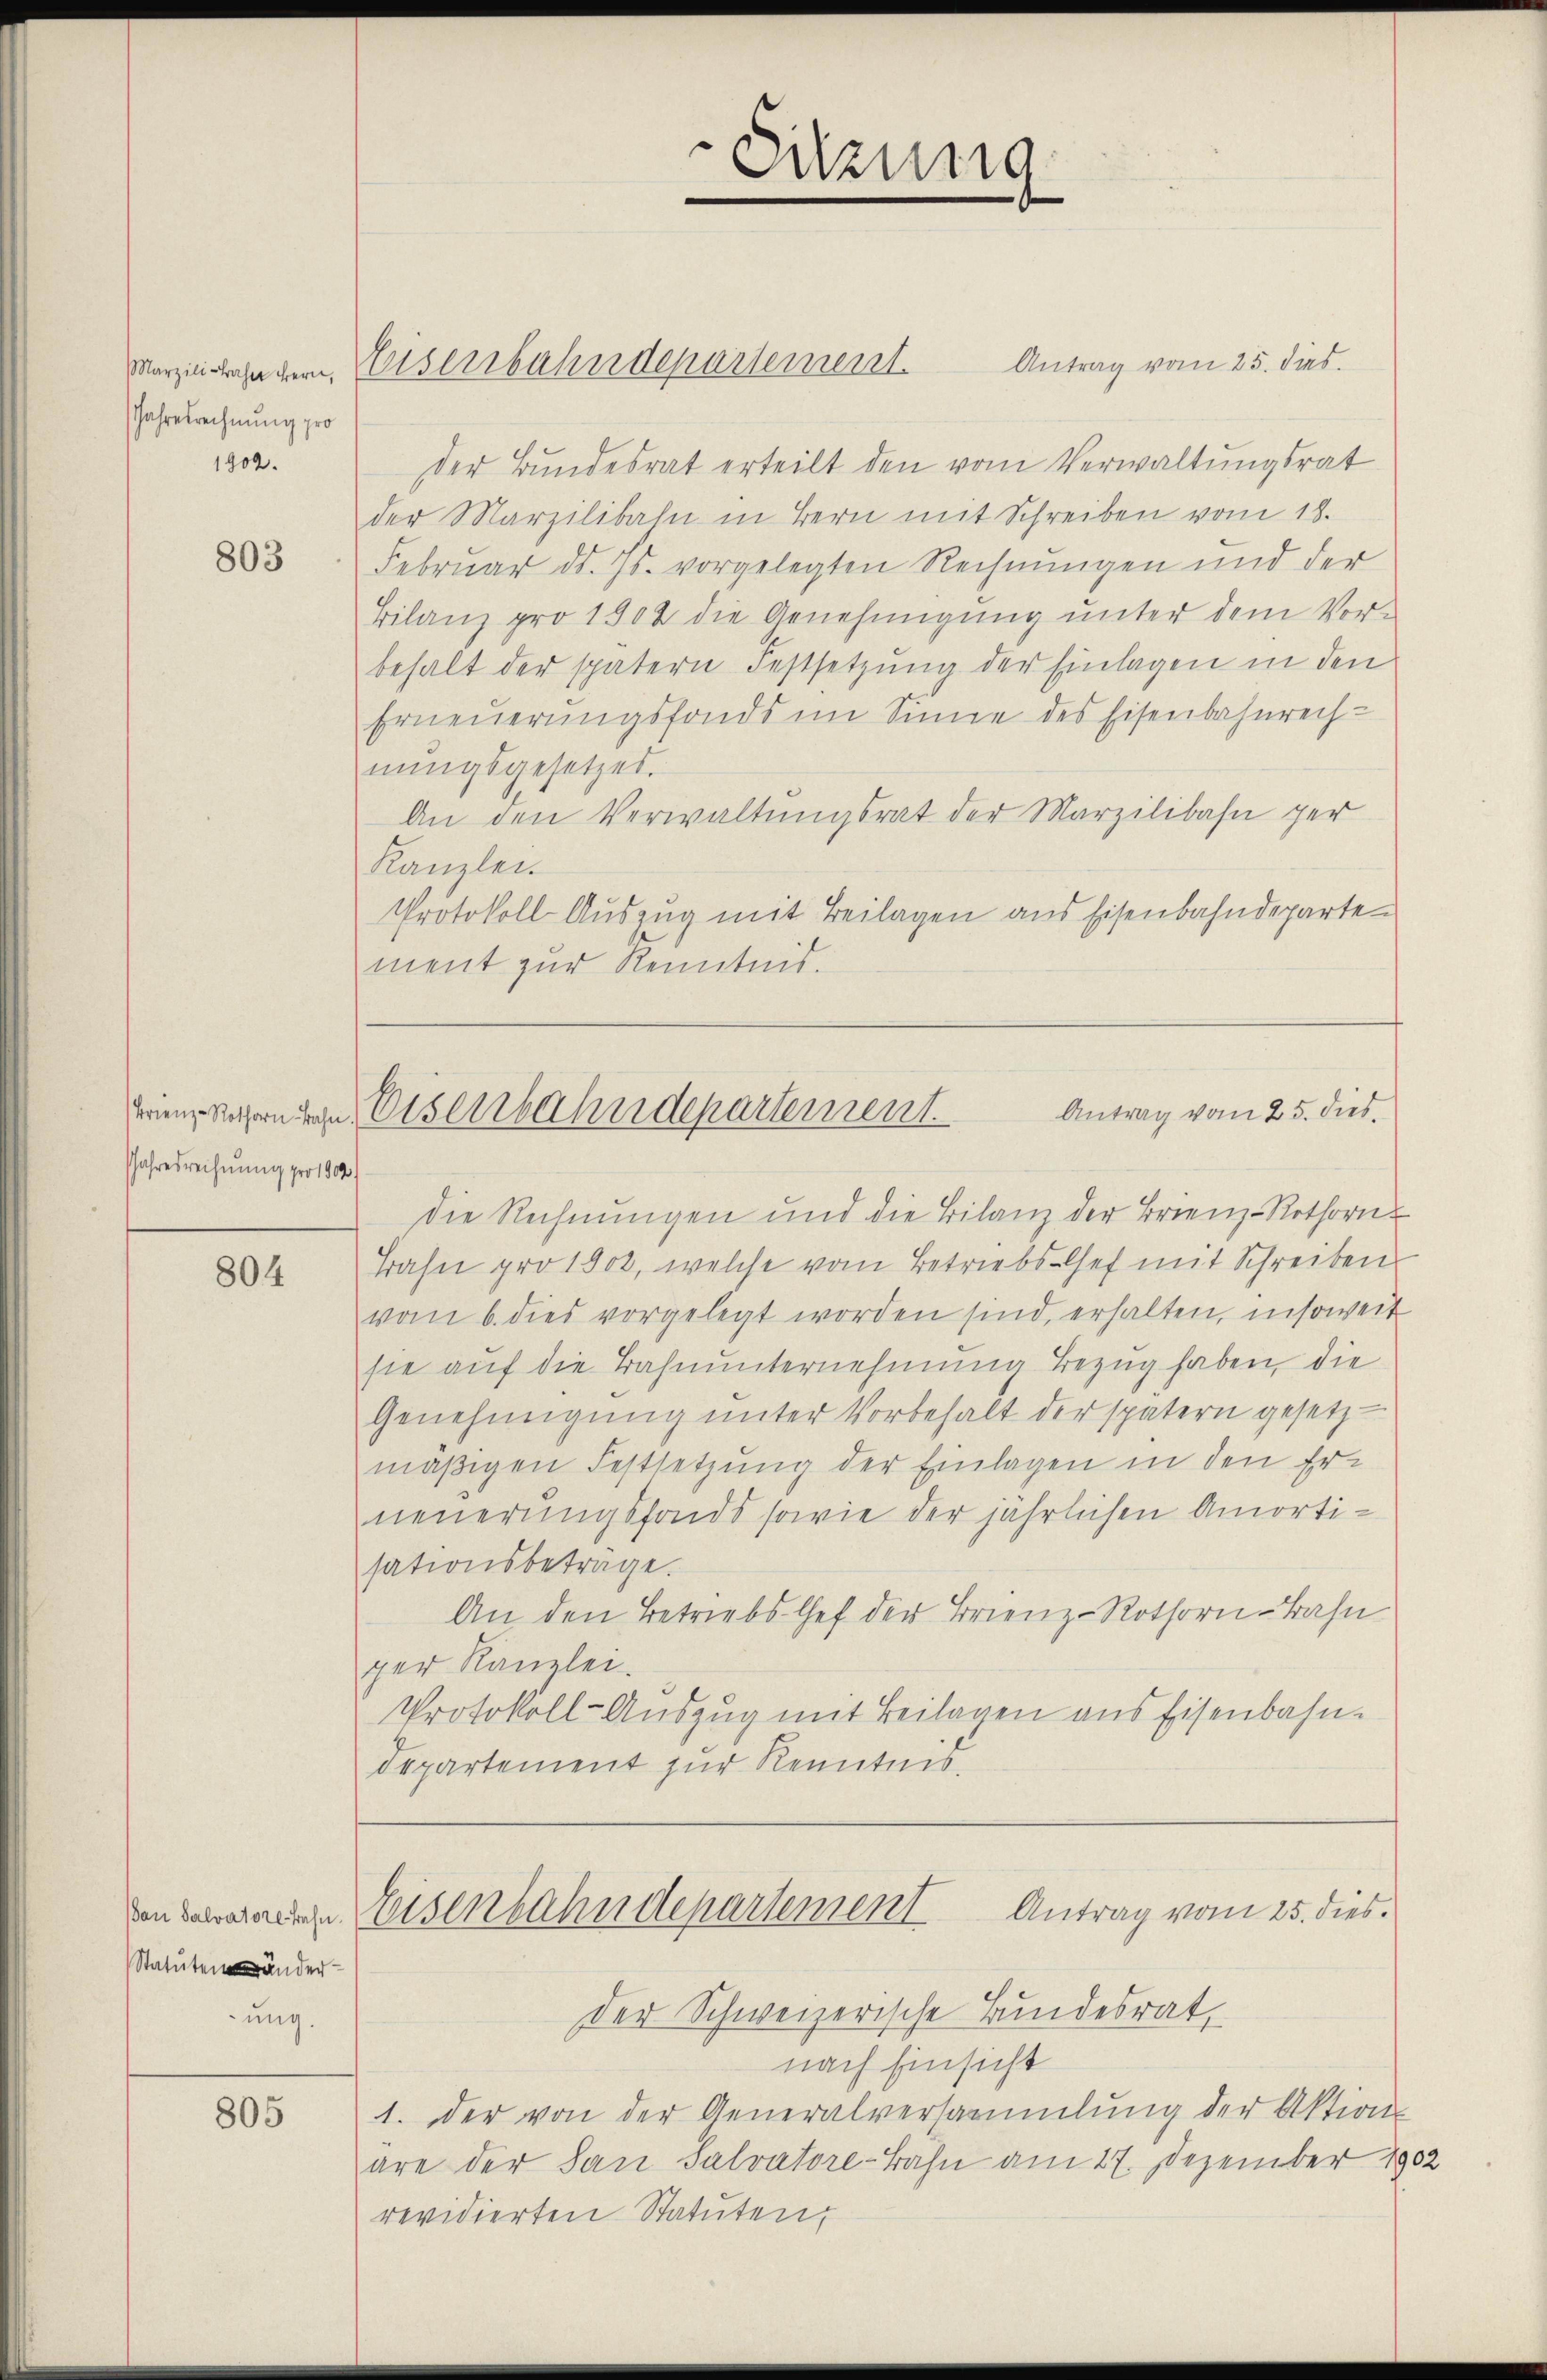
Jahresrechnung pro
1902.

803

JJahresrechnung pro 1804)

804

Dan Salvatore Bahn.
Statutenänder
ung.

805

Antrag vom 25. dies
der Bundesrat erteilt den vom Verwaltungsrat
der Marzilibahn in Bern mit Schreiben vom 18.
Februar d. Js. vorgelegten Rechnungen und der
Bilanz pro 1902 die Genehmigung unter dem Vorbehalt der spätern Festsetzung der Einlagen in den
Erneuerungsfonds im Sinne des Eisenbahnrechnŭngsgesetzes.
An den Verwaltungsrat der Marzilibahn ger
Kanzlei.
Protokoll Auszug mit Beilagen aus Eisenbahndepartement zur Kenntnis.

Marziehe der Eisenbahndepartement

Sitzung
e

Antrag vom 25. dies
Triengraben den Eisenbahndepartement.

Die Rechnungen und die Bilanz der Brienz-Rothorn-
Bahn pro 1902, welche vom Betriebs-Chef mit Schreiben
vom 6. dies vorgelegt worden sind, erhalten, insoweit
sie auf die Bahnunternehmung Bezug haben, die
Genehmigung unter Vorbehalt der spätern gesetz-
mäßigen Festsetzung der Einlagen in den Erneuerungsfonds sowie der jährlichen Amortisationsbetrage.
An den Betriebs-Chef der Brienz-Rothorn-Bahn
ger Kanzlei.
Protokoll-Auszug mit Beilagen aus Eisenbahn-
departement zur Kenntnis.

Eisenbahndepartement Antrag vom 25. dies

der Schweizerische Bundesrat,
nach Einsicht
1. der von der Generalversammlung der Aktion
äre der San Salvatore-Bahn am 27. Dezember 1902
revidierten Statuten,